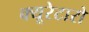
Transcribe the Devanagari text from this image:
क्यूरेटारो